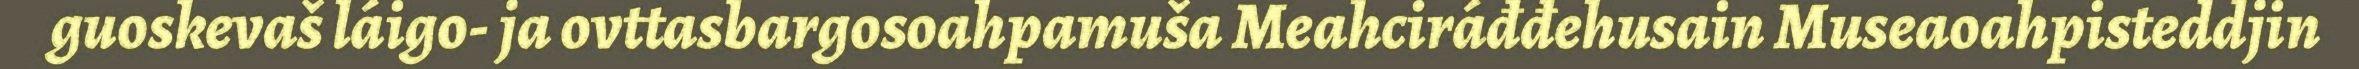
guoskevaš láigo- ja ovttasbargosoahpamuša Meahciráđđehusain Museaoahpisteddjin